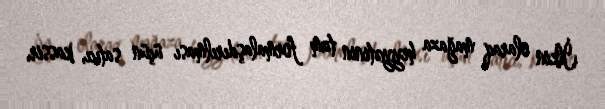
İlkin olaraq mağaza heyyətinin tam formalaşdırılması üçün satıcı, kassir,